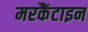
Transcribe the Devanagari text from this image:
मरकैंटाइन